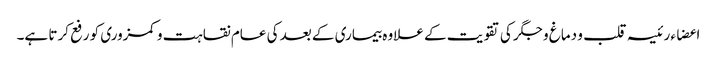
اعضاء رئیسہ قلب و دماغ و جگر کی تقویت کے علاوہ بیماری کے بعد کی عام نقاہت و کمزوری کو رفع کرتا ہے۔